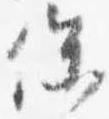
保